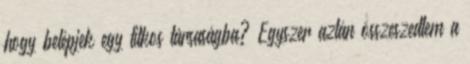
hogy belépjek egy titkos társaságba? Egyszer aztán össze­szedtem a